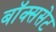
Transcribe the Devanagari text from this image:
बॉक्ससेट